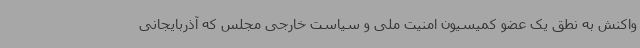
واکنش به نطق یک عضو کمیسیون امنیت ملی و سیاست خارجی مجلس که آذربایجانی